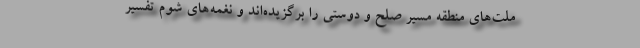
ملت‌های منطقه مسیر صلح و دوستی را برگزیده‌اند و نغمه‌های شوم تفسیر